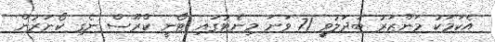
އެކަމަކު މަންޒަރު ބަދަލުވީ 71 ވަނަ މިނެޓުގައި ޓޯނީ ކްރޫސް ނެގި ކޯނަރުން